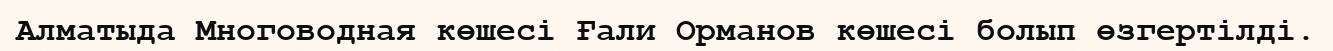
Алматыда Многоводная көшесі Ғали Орманов көшесі болып өзгертілді.